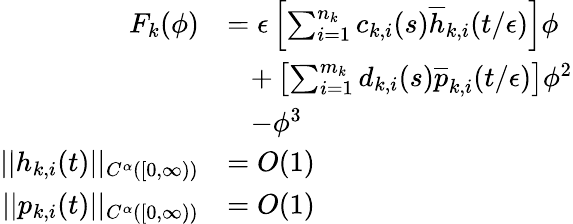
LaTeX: \begin{array}{rl}{F_{k}(\phi)}&{=\epsilon\left[\sum_{i=1}^{n_{k}}c_{k,i}(s)\overline{{h}}_{k,i}(t/\epsilon)\right]\phi}\\ &{\; \; \; +\left[\sum_{i=1}^{m_{k}}d_{k,i}(s)\overline{{p}}_{k,i}(t/\epsilon)\right]\phi^{2}}\\ &{\; \; \; -\phi^{3}}\\ {||h_{k,i}(t)||_{C^{\alpha}([0,\infty))}}&{=O(1)}\\ {||p_{k,i}(t)||_{C^{\alpha}([0,\infty))}}&{=O(1)}\end{array}